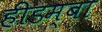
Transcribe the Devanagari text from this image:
हीडम्बा